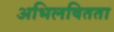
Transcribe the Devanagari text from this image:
अभिलषितता